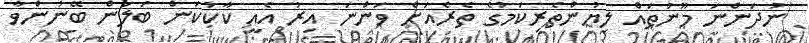
ނުދަންނަ މޫނުތައް ލިޔުންތެރިކަމުގެ ތެރެއަށް ވަންނަ އިރު އެއީ ކާކުކަން ބަލަން ބޭނުންވާ